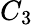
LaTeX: C_{3}